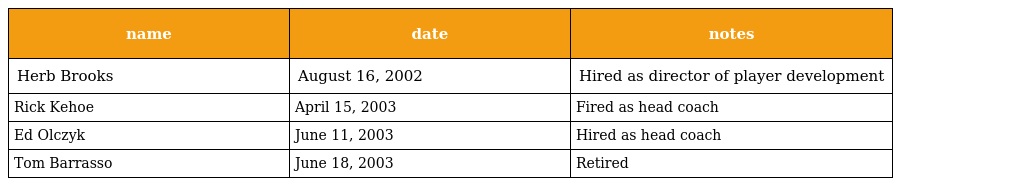
| name | date | notes |
 | --- | --- | --- |
 | Herb Brooks | August 16, 2002 | Hired as director of player development |
 | Rick Kehoe | April 15, 2003 | Fired as head coach |
 | Ed Olczyk | June 11, 2003 | Hired as head coach |
 | Tom Barrasso | June 18, 2003 | Retired |